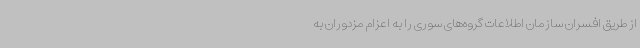
از طریق افسران سازمان اطلاعات گروه‌های سوری را به اعزام مزدوران به